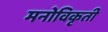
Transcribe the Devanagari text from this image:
मनोविकृती